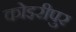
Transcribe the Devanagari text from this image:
कोइरीपुर